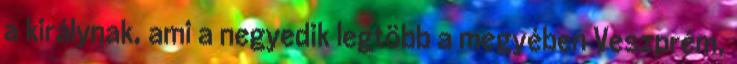
a királynak, ami a negyedik legtöbb a megyében Veszprém,